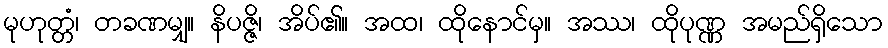
မုဟုတ္တံ၊ တခဏမျှ။ နိပဇ္ဇိ၊ အိပ်၏။ အထ၊ ထိုနောင်မှ။ အဿ၊ ထိုပုဏ္ဏ အမည်ရှိသော